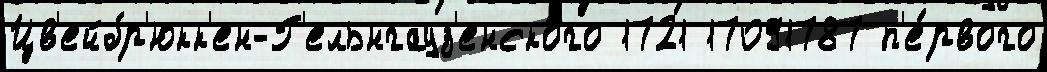
Цв'ейбр'юкк'ен-Г'ельнгауз'енского 1721 17091787 п'е́рвого